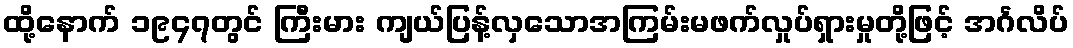
ထို့နောက် ၁၉၄၇တွင် ကြီးမား ကျယ်ပြန့်လှသောအကြမ်းမဖက်လှုပ်ရှားမှုတို့ဖြင့် အင်္ဂလိပ်